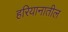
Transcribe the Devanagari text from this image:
हरियानातील